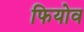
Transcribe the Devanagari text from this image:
फियोव